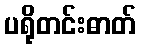
ပရိုတင်းဓာတ်